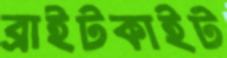
ব্রাইটকাইট